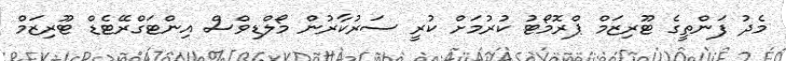
މެދު ފަންތީގެ ޓޫރިޒަމް ޕްރޮމޯޓު ކުރުމަށް ކުރީ ސަރުކާރުން މޯލްޑިވްސް އިންޓަގްރޭޓެޑް ޓޫރިޒަމް